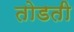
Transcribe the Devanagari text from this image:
तोडती